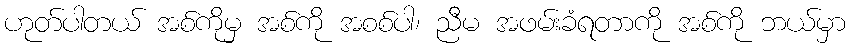
ဟုတ်ပါတယ် အစ်ကိုမှ အစ်ကို အစစ်ပါ၊ ညီမ အဖမ်းခံရတာကို အစ်ကို ဘယ်မှာ